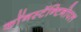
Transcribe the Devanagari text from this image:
काॅनस्टॅन्टिनोपल